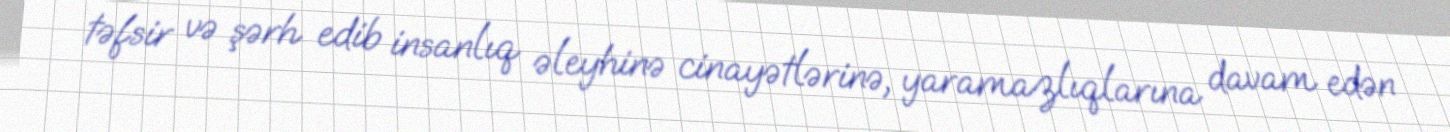
təfsir və şərh edib insanlıq əleyhinə cinayətlərinə, yaramazlıqlarına davam edən